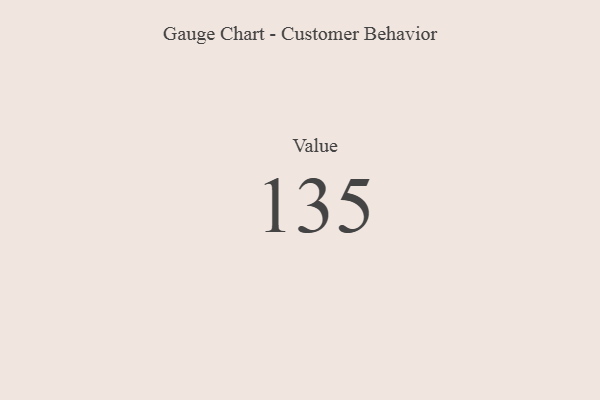
{"axis": {"x": "Metric", "y": "Value"}, "legend": [""], "data": [{"x": "Value", "y": 135, "type": ""}]}